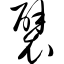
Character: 襞